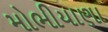
મોભીયાણા